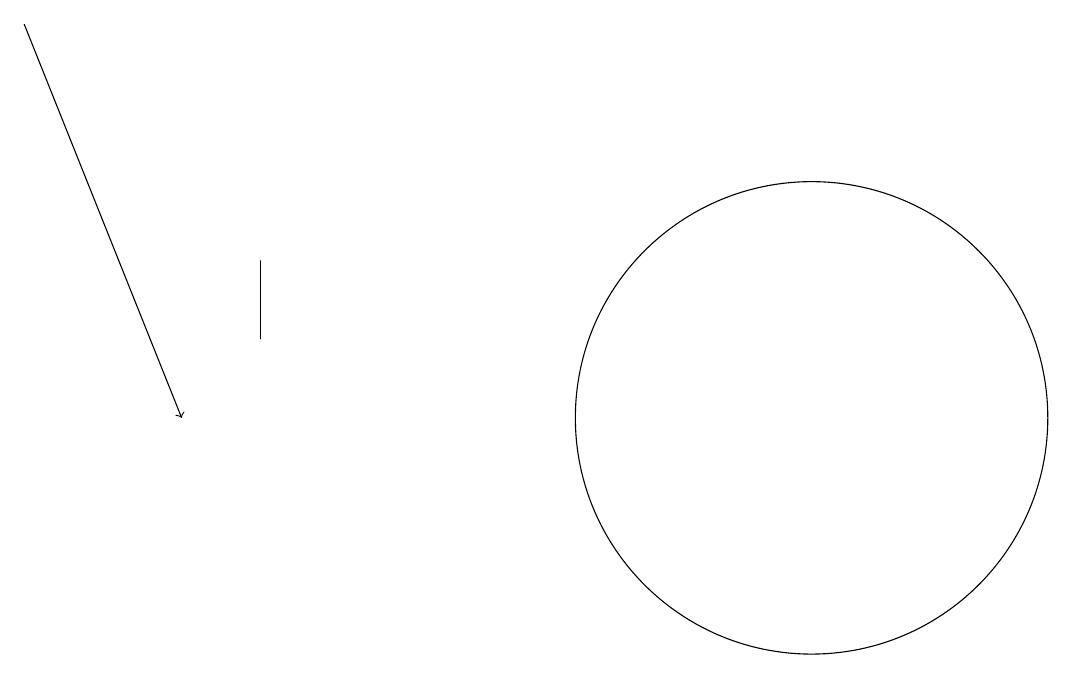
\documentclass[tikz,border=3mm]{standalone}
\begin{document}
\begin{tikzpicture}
\draw[->] (0,16) -- (2,11);
\draw (3,12) rectangle (3,13);
\draw (10,11) circle (3);
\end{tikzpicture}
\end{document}